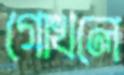
গোখলে